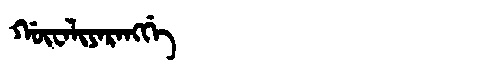
Manchu: ᡤᡡᠸᠠᠯᡳᠶᠠᡵᠠᠩᡤᡝ
Romanization: GŪWALIYARANGGE